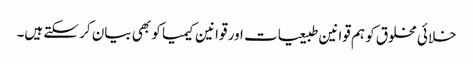
خلائی مخلوق کو ہم قوانین طبیعیات اور قوانین کیمیا کو بھی بیان کر سکتے ہیں۔